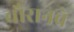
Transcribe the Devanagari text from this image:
चौरानबे